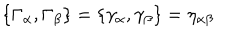
LaTeX: \{ \Gamma _ { \alpha } , \Gamma _ { \beta } \} = \{ \gamma _ { \alpha } , \gamma _ { \beta } \} = \eta _ { \alpha \beta }